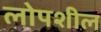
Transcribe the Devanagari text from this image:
लोपशील